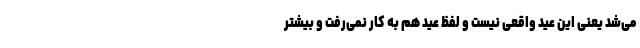
می‌شد یعنی این عید واقعی نیست و لفظ عید هم به کار نمی‌رفت و بیشتر